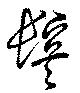
鬢